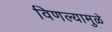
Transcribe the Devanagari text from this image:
विणल्यामुळे